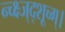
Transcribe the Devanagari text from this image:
न्च्क्ष्ज्द्शूच्ग्।